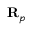
\mathbf { R } _ { p }